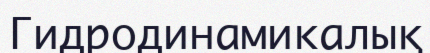
Гидродинамикалық